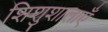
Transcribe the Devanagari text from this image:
शिशुशालाएँ